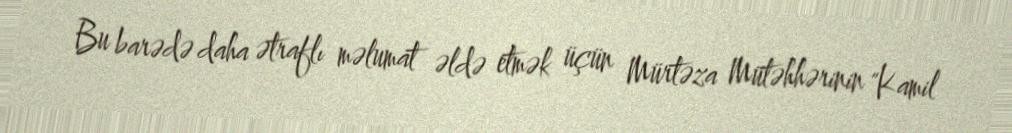
Bu barədə daha ətraflı məlumat əldə etmək üçün Mürtəza Mütəhhərinin "Kamil